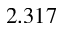
2 . 3 1 7